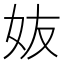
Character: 𡛀